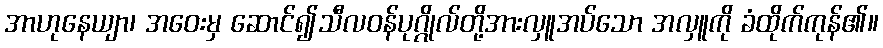
အာဟုနေယျာ၊ အဝေးမှ ဆောင်၍သီလဝန်ပုဂ္ဂိုလ်တို့အားလှူအပ်သော အလှူကို ခံထိုက်ကုန်၏။